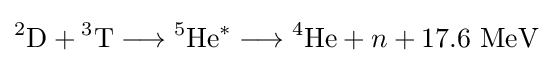
{}^{2}\mathrm {D} +{}^{3}\mathrm {T} \longrightarrow {}^{5}\mathrm {He} ^{*}\longrightarrow {}^{4}\mathrm {He} +n+17.6\ \mathrm {MeV}